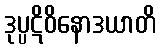
ဒုပ္ပဋိဝိနောဒယာတိ